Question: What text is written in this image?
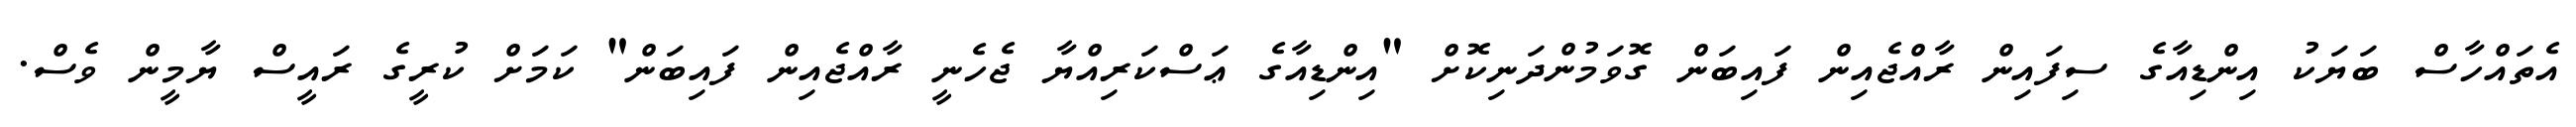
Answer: އެތައްހާސް ބަޔަކު އިންޑިއާގެ ސިފައިން ރާއްޖެއިން ފައިބަން ގޮވަމުންދަނިކޮށް "އިންޑިއާގެ ޢަސްކަރިއްޔާ ޖެހެނީ ރާއްޖެއިން ފައިބަން" ކަމަށް ކުރީގެ ރައީސް ޔާމީން ވެސް.